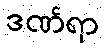
ဒဏ်ရာ